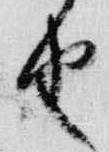
由